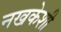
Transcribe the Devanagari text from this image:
नखकेशी